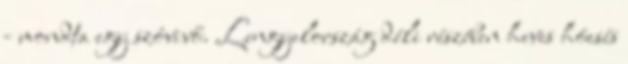
- mondta egy szóvivő. Lengyelország déli részében heves hóesés